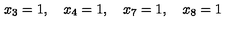
x _ { 3 } = 1 , \quad x _ { 4 } = 1 , \quad x _ { 7 } = 1 , \quad x _ { 8 } = 1